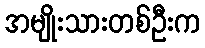
အမျိုးသားတစ်ဦးက